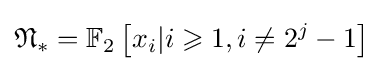
{\mathfrak {N}}_{*}=\mathbb {F} _{2}\left[x_{i}|i\geqslant 1,i\neq 2^{j}-1\right]